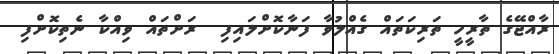
ރާއްޖޭގެ ތާރީހީ ތަރިކަތައް ގެއްލުވާ ފަނާކޮށްލައިފި  ރަށްތައް ވިއްކާ ނެތިކޮށްފި